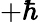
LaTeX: +\hbar